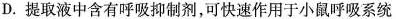
D.提取液中含有呼吸抑制剂，可快速作用于小鼠呼吸系统